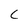
Character: C